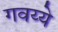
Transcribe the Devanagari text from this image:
गवय्ये